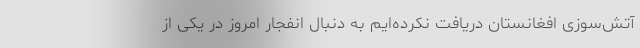
آتش‌سوزی افغانستان دریافت نکرده‌ایم به دنبال انفجار امروز در یکی از